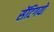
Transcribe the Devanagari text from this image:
सेंटिगयो